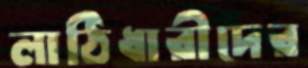
লাঠিধারীদের